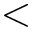
<